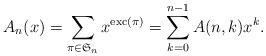
LaTeX: \begin{align*}A_n(x) = \sum_{\pi \in \mathfrak{S}_n} x^{\mathrm{exc}(\pi)} = \sum_{k=0}^{n-1} A(n,k) x^k.\end{align*}